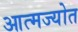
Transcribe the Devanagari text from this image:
आत्मज्योत